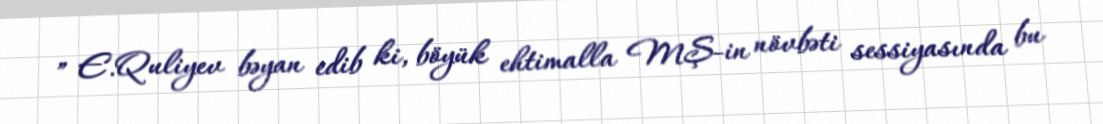
” E.Quliyev bəyan edib ki, böyük ehtimalla MŞ-in növbəti sessiyasında bu